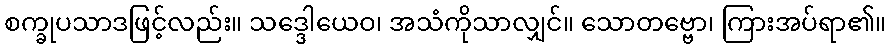
စက္ခုပသာဒဖြင့်လည်း။ သဒ္ဒေါယေဝ၊ အသံကိုသာလျှင်။ သောတဗ္ဗော၊ ကြားအပ်ရာ၏။